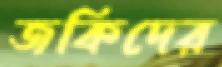
জকিদের